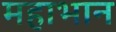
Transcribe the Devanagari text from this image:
महाभान